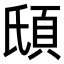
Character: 𩑥